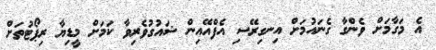
އެ މަގާމަށް ވެންގާ ގެނައުމަށް އިނގިރޭސި އެފްއޭއިން ޝައުގުވެރިވާ ކަމަށް މީޑިޔާ ރިޕޯޓުތަށް